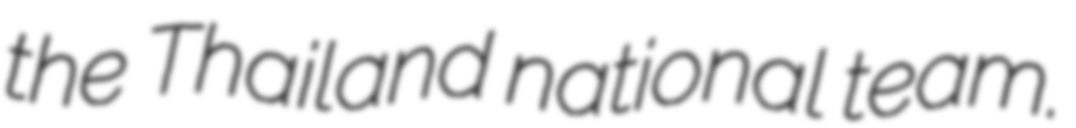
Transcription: the Thailand national team.